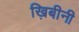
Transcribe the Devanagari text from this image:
ख़िबीनी